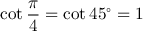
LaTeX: \cot { \frac { \pi } { 4 } } = \cot 4 5 ^ { \circ } = 1